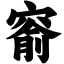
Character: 窬